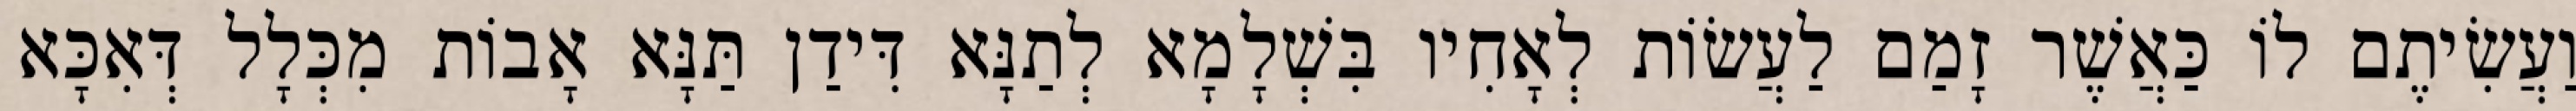
וַעֲשִׂיתֶם לוֹ כַּאֲשֶׁר זָמַם לַעֲשׂוֹת לְאָחִיו בִּשְׁלָמָא לְתַנָּא דִּידַן תַּנָּא אָבוֹת מִכְּלָל דְּאִכָּא